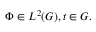
\Phi \in L ^ { 2 } ( G ) , t \in G .